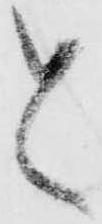
と